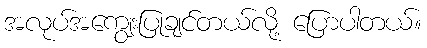
အလုပ်အကျွေးပြုချင်တယ်လို့ ပြောပါတယ်။